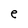
Character: e